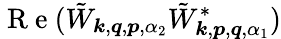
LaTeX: \mathrm{~R~e~}(\tilde{W}_{\boldsymbol{k},\boldsymbol{q},\boldsymbol{p},\alpha_{2}}\tilde{W}_{\boldsymbol{k},\boldsymbol{p},\boldsymbol{q},\alpha_{1}}^{*})